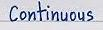
Continuous